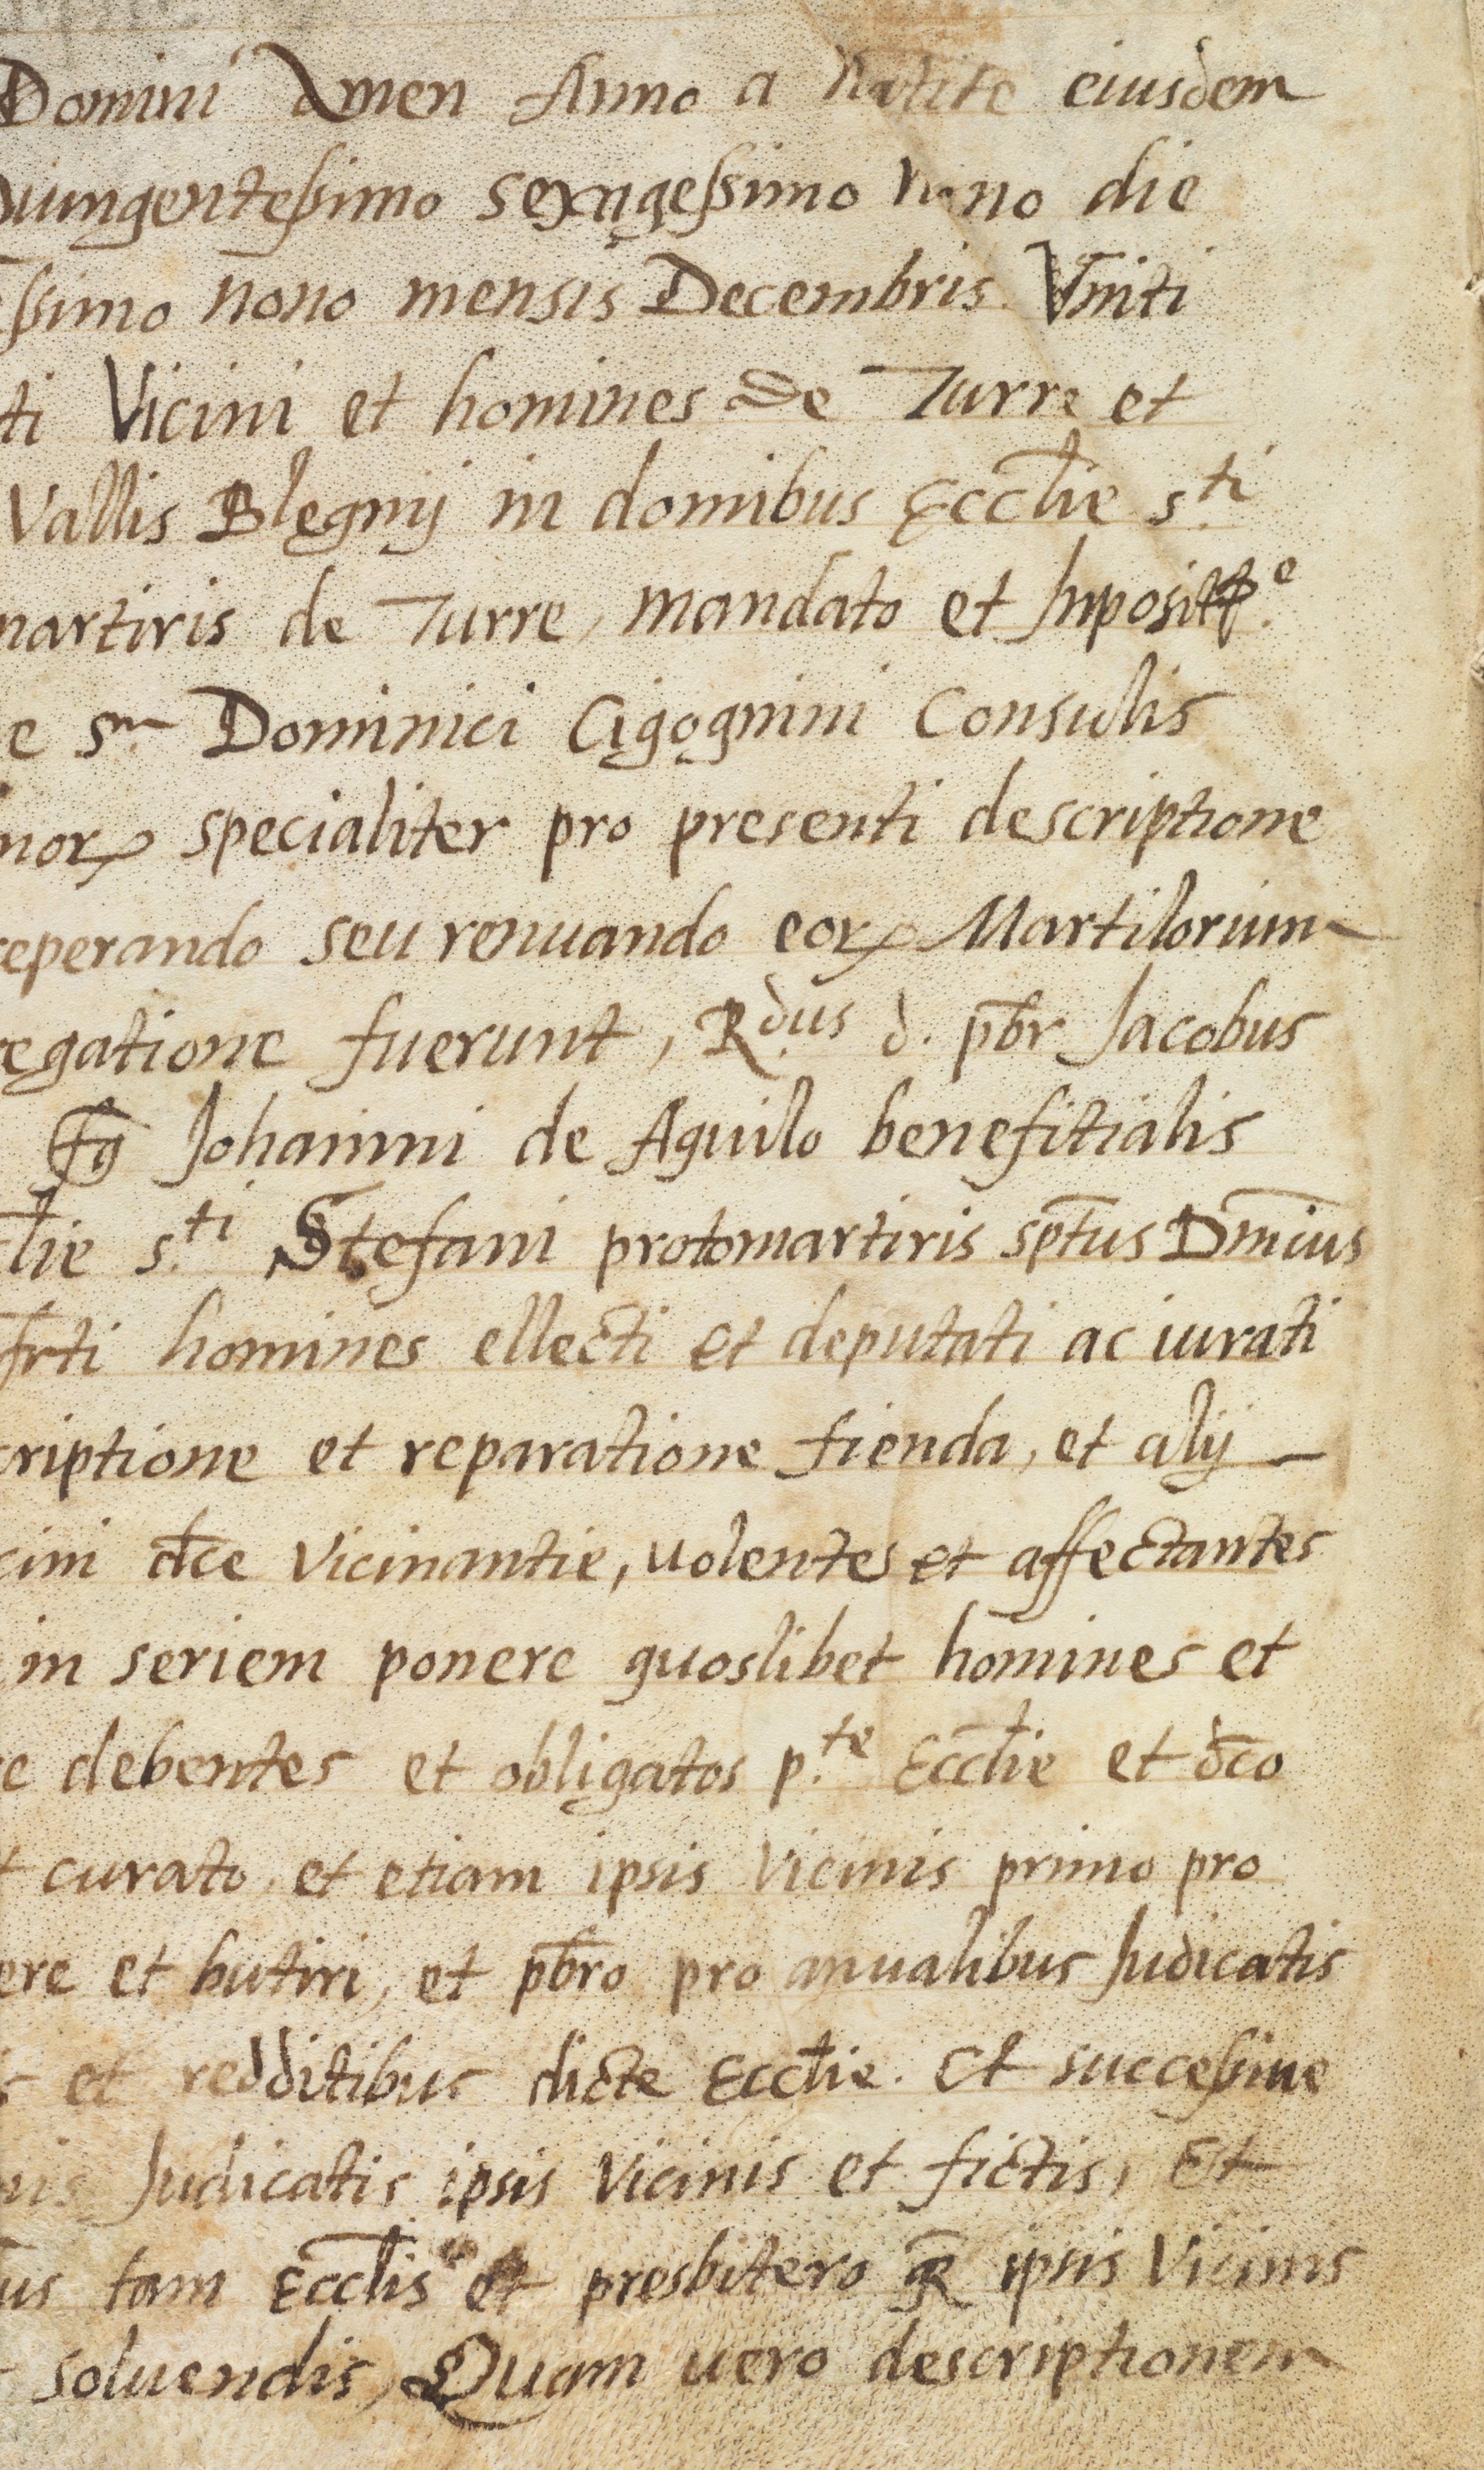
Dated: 1568–1593